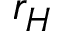
r _ { H }